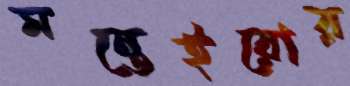
মন্তেইরোর